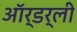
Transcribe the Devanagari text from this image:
ऑर्डर्ली